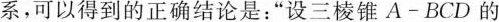
系，可以得到的正确结论是：”设三棱锥A-BCD的